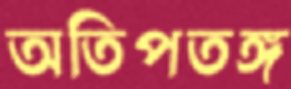
অতিপতঙ্গ